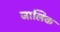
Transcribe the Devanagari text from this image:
जालिक